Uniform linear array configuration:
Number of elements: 12
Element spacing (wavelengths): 0.25
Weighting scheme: hamming
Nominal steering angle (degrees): -15
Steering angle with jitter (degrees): -13.381
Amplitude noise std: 0.05
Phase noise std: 0.05

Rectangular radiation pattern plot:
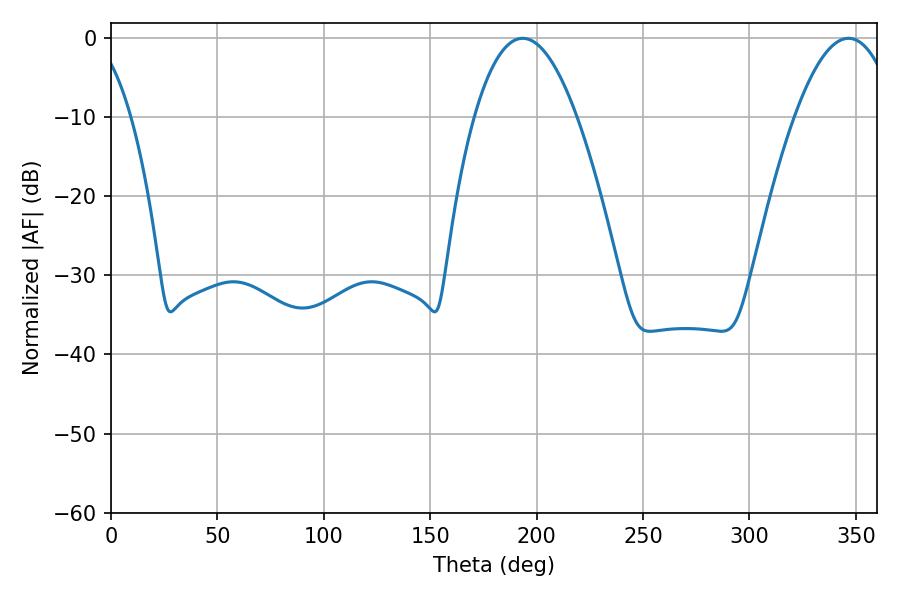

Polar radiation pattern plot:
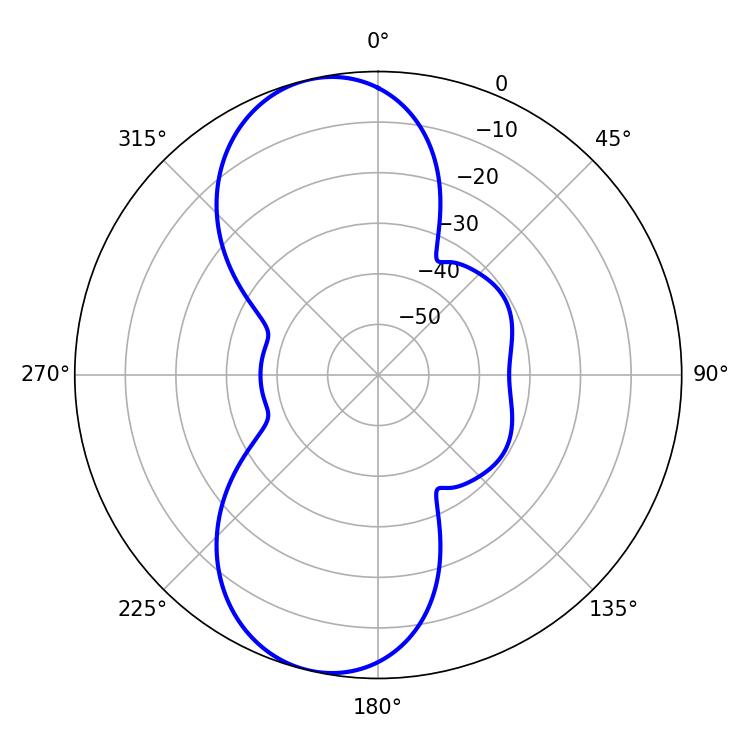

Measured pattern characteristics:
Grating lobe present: FALSE
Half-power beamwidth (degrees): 26.64
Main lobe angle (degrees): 193.5